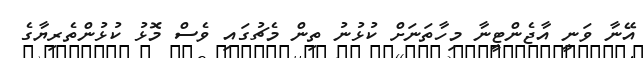
އޭނާ ވަނީ އާޖެންޓީނާ މިހާތަނަށް ކުޅުނު ތިން މެޗުގައި ވެސް މޮޅު ކުޅުންތެރިޔާގެ